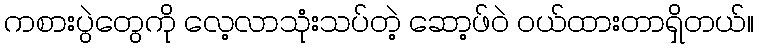
ကစားပွဲတွေကို လေ့လာသုံးသပ်တဲ့ ဆော့ဖ်ဝဲ ဝယ်ထားတာရှိတယ်။